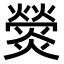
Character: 𤐺